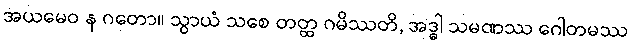
အယမေဝ န ဂတော။ သွာယံ သစေ တတ္ထ ဂမိဿတိ, အဒ္ဓါ သမဏဿ ဂေါတမဿ